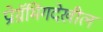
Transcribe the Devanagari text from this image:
प्रोग्रॅमिंगदेखील